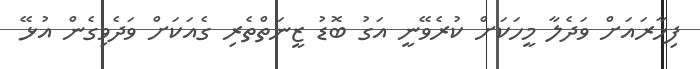
ފިހާރައަށް ވަދެލާ މީހަކަށް ކުރެވޭނީ އަގު ބޮޑު ޒީނަތްތެރި ގެއަކަށް ވަދެވިގެން އުޅޭ